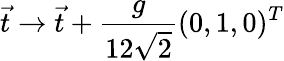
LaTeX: \vec{t}\to\vec{t}+\frac{g}{12\sqrt{2}}(0,1,0)^{T}